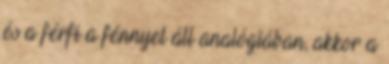
és a férfi a fénnyel áll analógiában, akkor a